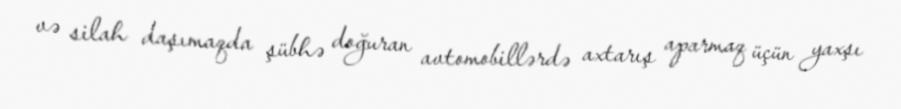
və silah daşımaqda şübhə doğuran avtomobillərdə axtarış aparmaq üçün yaxşı